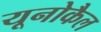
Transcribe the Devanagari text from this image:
यूनोकैल